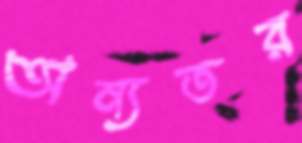
অন্যতর